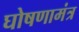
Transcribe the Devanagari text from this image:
घोषणामंत्र